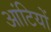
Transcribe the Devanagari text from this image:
आंटियों